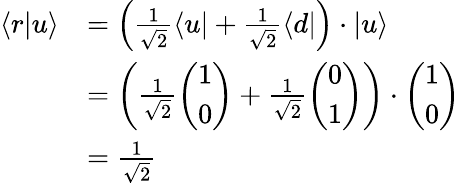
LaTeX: {\begin{array}{rl}{\langle r|u\rangle}&{=\left({\frac{1}{\sqrt{2}}}\langle u|+{\frac{1}{\sqrt{2}}}\langle d|\right)\cdot|u\rangle}\\ &{=\left({\frac{1}{\sqrt{2}}}{\left(\begin{array}{l}{1}\\ {0}\end{array}\right)}+{\frac{1}{\sqrt{2}}}{\left(\begin{array}{l}{0}\\ {1}\end{array}\right)}\right)\cdot{\left(\begin{array}{l}{1}\\ {0}\end{array}\right)}}\\ &{={\frac{1}{\sqrt{2}}}}\end{array}}